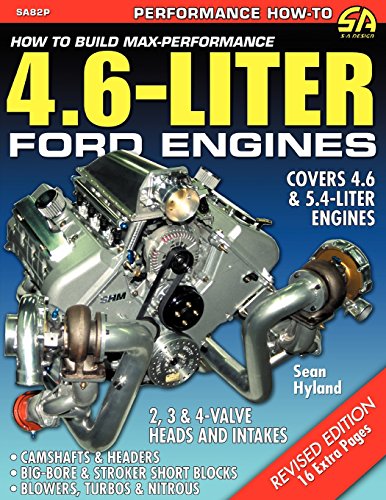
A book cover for How to Build Max-Performance 4.6-Liter Ford Engines; Sean Hyland; Engineering & Transportation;